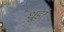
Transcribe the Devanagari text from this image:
धूड़ां